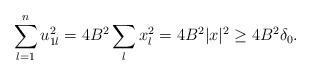
LaTeX: \begin{align*}\sum_{l=1}^n u^2_{1l} = 4 B^2 \sum_l x^2_l = 4 B^2 |x|^2 \geq 4 B^2 \delta_0.\end{align*}